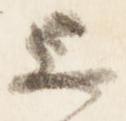
上